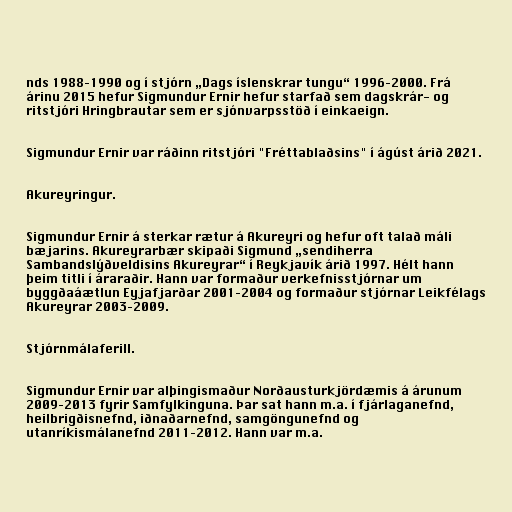
nds 1988–1990 og í stjórn „Dags íslenskrar tungu“ 1996–2000. Frá
árinu 2015 hefur Sigmundur Ernir hefur starfað sem dagskrár- og
ritstjóri Hringbrautar sem er sjónvarpsstöð í einkaeign.

Sigmundur Ernir var ráðinn ritstjóri "Fréttablaðsins" í ágúst árið 2021.

Akureyringur.

Sigmundur Ernir á sterkar rætur á Akureyri og hefur oft talað máli
bæjarins. Akureyrarbær skipaði Sigmund „sendiherra
Sambandslýðveldisins Akureyrar“ í Reykjavík árið 1997. Hélt hann
þeim titli í áraraðir. Hann var formaður verkefnisstjórnar um
byggðaáætlun Eyjafjarðar 2001–2004 og formaður stjórnar Leikfélags
Akureyrar 2003–2009.

Stjórnmálaferill.

Sigmundur Ernir var alþingismaður Norðausturkjördæmis á árunum
2009–2013 fyrir Samfylkinguna. Þar sat hann m.a. í fjárlaganefnd,
heilbrigðisnefnd, iðnaðarnefnd, samgöngunefnd og
utanríkismálanefnd 2011–2012. Hann var m.a.